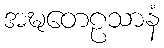
အဍ္ဎတေဠသာနံ